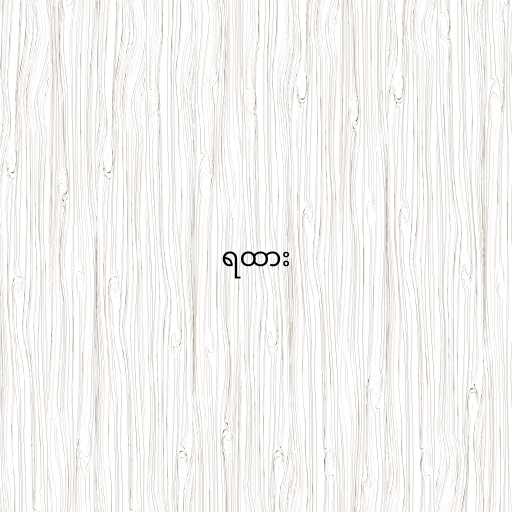
ရထား